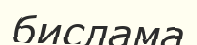
бислама